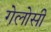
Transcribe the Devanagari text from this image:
गेलोसी